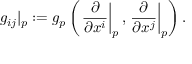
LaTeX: g _ { i j } | _ { p } : = g _ { p } \left( \left. { \frac { \partial } { \partial x ^ { i } } } \right| _ { p } , \left. { \frac { \partial } { \partial x ^ { j } } } \right| _ { p } \right) .